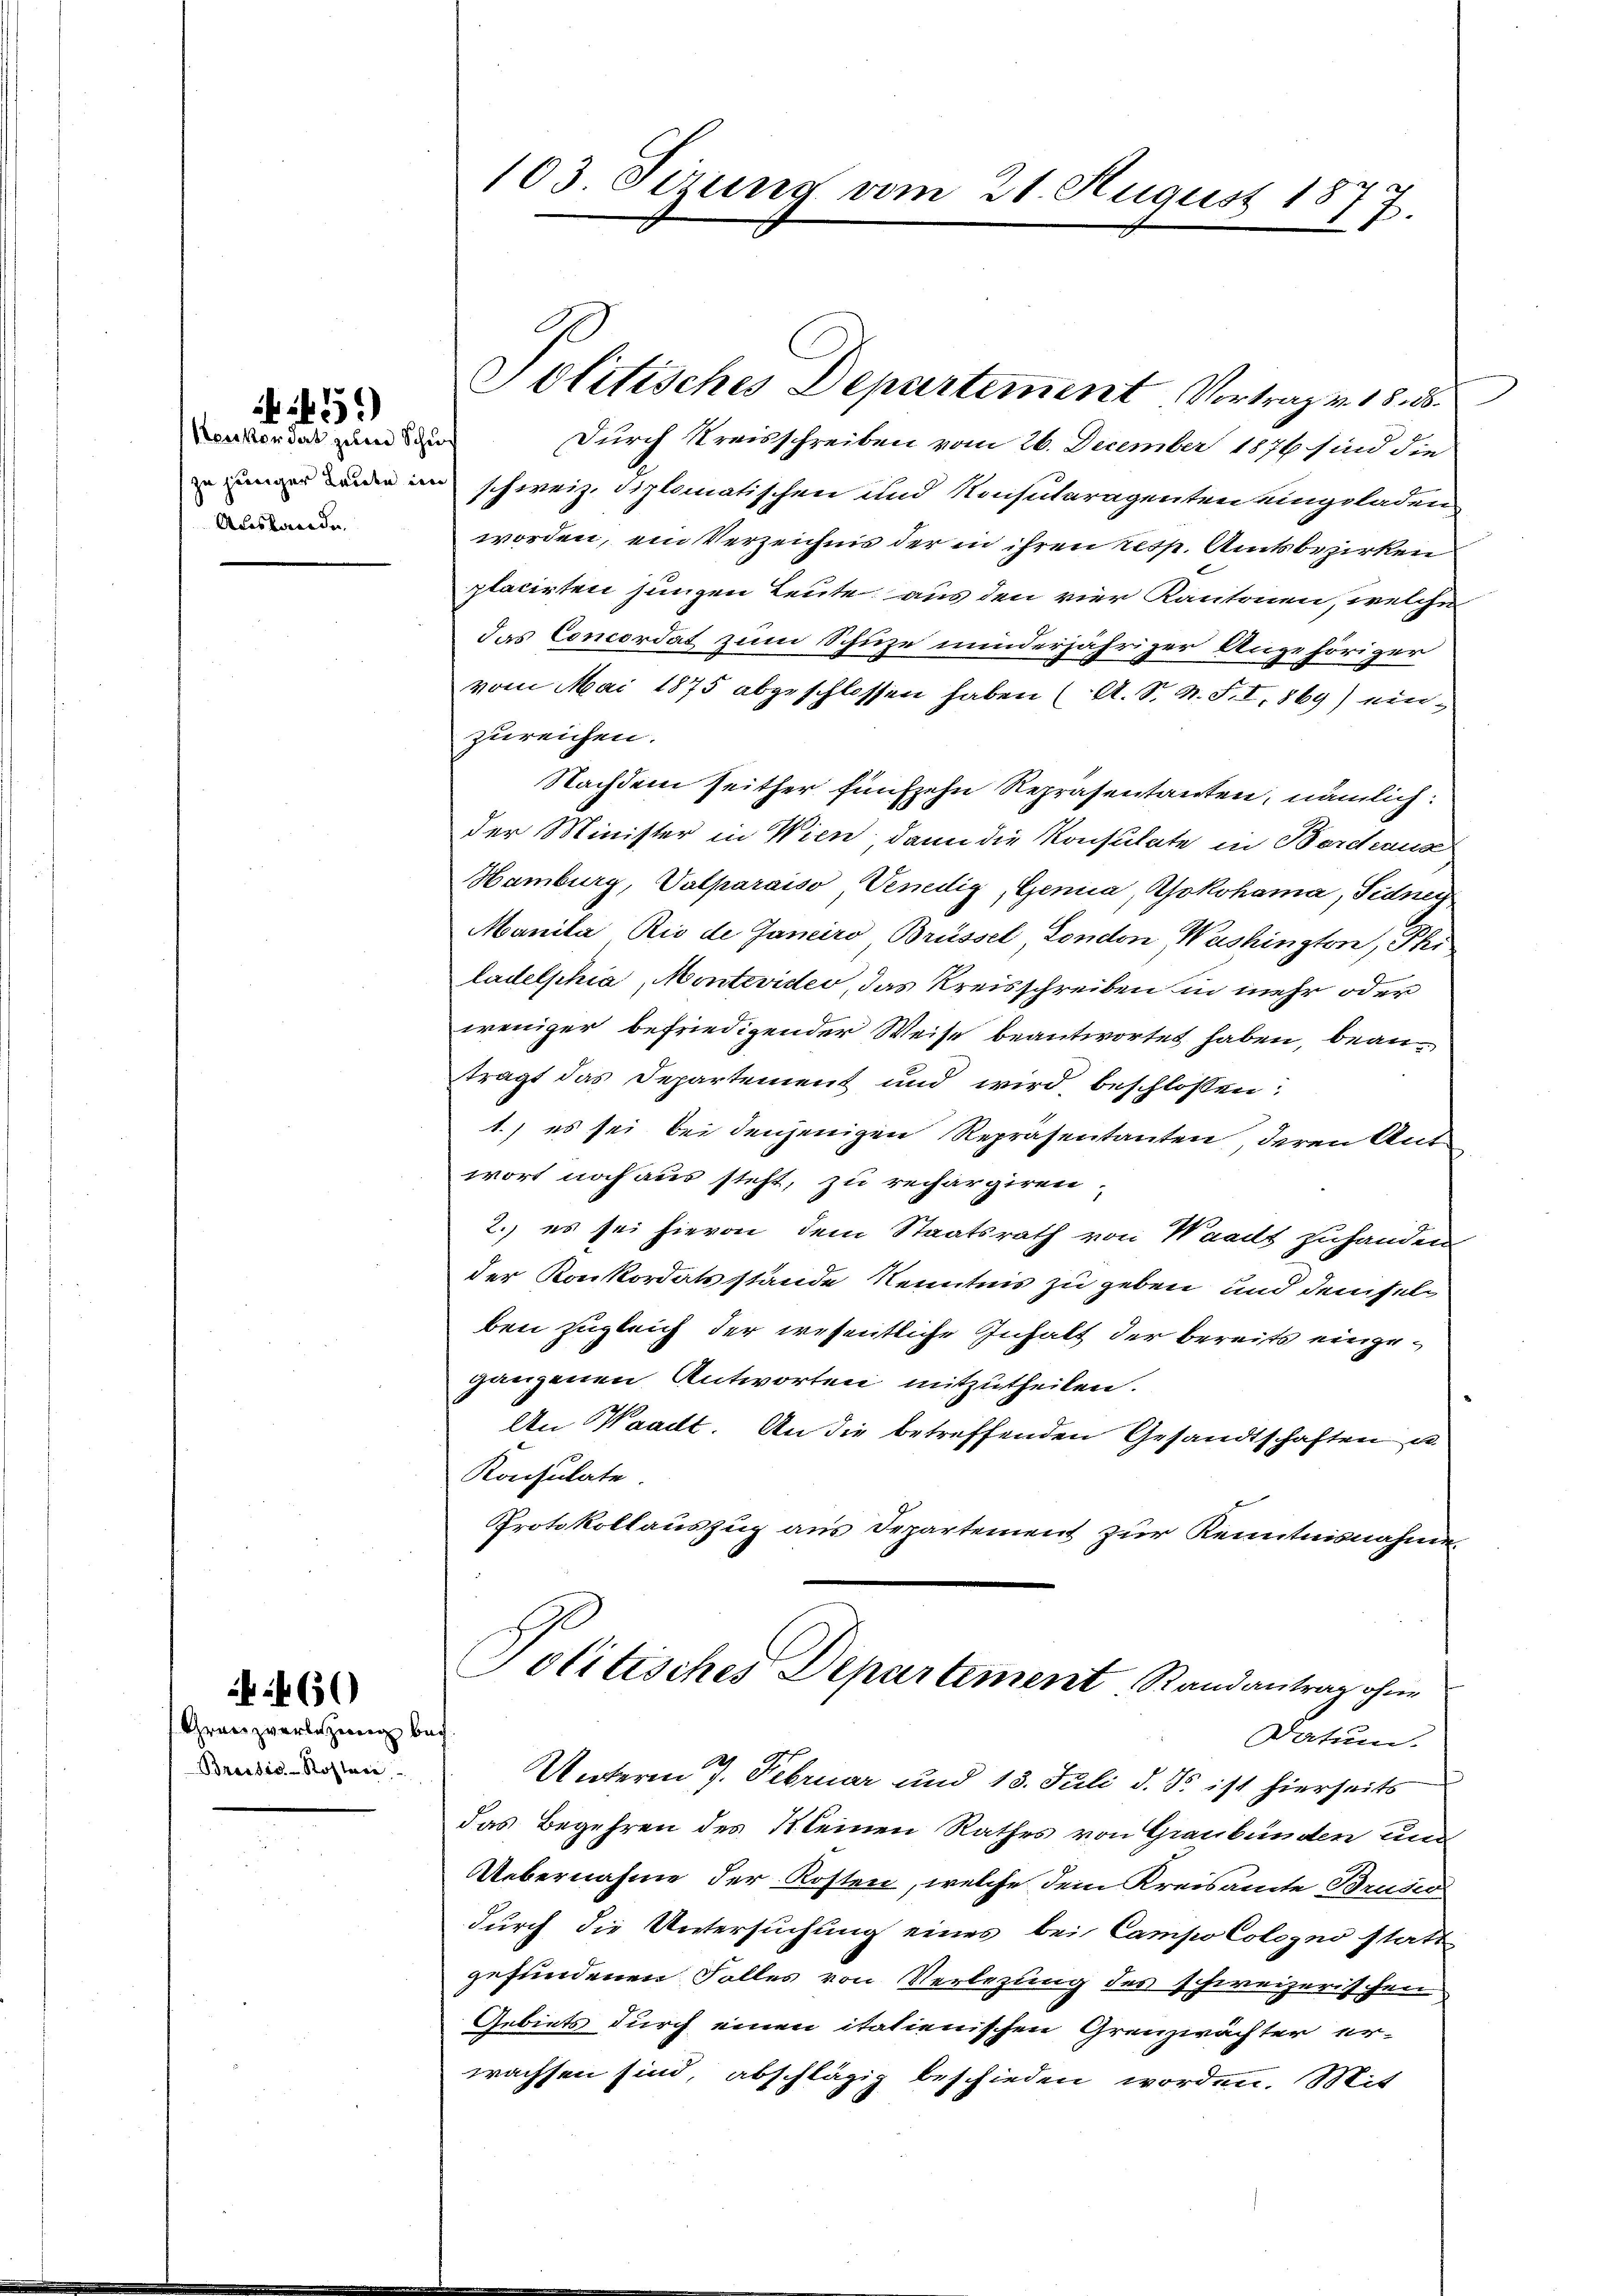
460

51)

Henkordat zum Schu
Auslande

Granzverlegung bei
Breesis-Roslare

103. Sizung vom 21. August 18
3.
.

Durch Kreisschreiben vom 26. December 1876 sind die
de in schweiz. Diplomatischen und Nesukeragenten eingeladen
worden, ein Verzeichnis der in ihren resp. Amtsbezirken
placirten jungen Leute aus den vier Kantonen, welche
das Concordat zum Schuze minderjähriger Angehöriger
vom Mai 1875 abgeschlossen haben (A. S. N. S. I, 869) einzureichen.
Nachdem seither fünfzehn Repräsentanten, nämlich:
der Minister in Wien, dann die Konsulate in Bordeause
Hamburg, Valparaiso Venedig, Genica, Yokohama, Sidney
Manila Rio de Janeiro, Brüssel, London, Washington, Phi
ladelphia, Montevides, das Kreisschreiben in mehr oder
weniger befriedigender Weise beantwortet haben, beanträgt das Departement und wird beschlossen:
1.) es sei bei denjenigen Repräsentanten, deren Antwort noch aus steht, zu rechargiren.
2. es sei hievon dem Staatsrath von Waadt zuhanden
der Konkordatsstande Kenntnis zu geben und demsel
ben zugleich der wesentliche Inhalt der bereits eingeganzenen Antworten mitzutheilen.
An Waadt. An die betreffenden Gesandtschaften u
Konsulate.
Protokollauszug aus Departement zur Kenntnisnahme
Politisches Departement Randantrag ohne
Datum.
Unterm 7. Februar und 18. Juli d. Js. ist hierseits
das Begehren des Kleinen Rathes von Graubünden und
Uebernahme der Kosten, welche dem Kreisamte Brusić
durch die Untersuchung eines bei Campo Cologno stattgefundenen Falles von Verlegung des schweizerischen
Gebiets durch einen italienischen Grenzwächter er-
wachsen sind, abschlägig beschieden worden. Mit

Politisches Departement Vortrag v. 18. d.